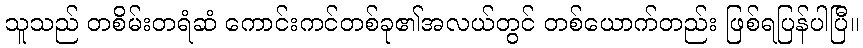
သူသည် တစိမ်းတရံဆံ ကောင်းကင်တစ်ခု၏အလယ်တွင် တစ်ယောက်တည်း ဖြစ်ရပြန်ပါပြီ။